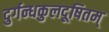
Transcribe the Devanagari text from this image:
दुर्गन्धकुलदूषितम्